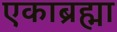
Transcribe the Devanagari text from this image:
एकाब्रह्मा